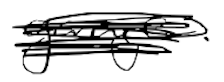
Text: garage.
Cross-out: scratch
Writing tool: digital_black